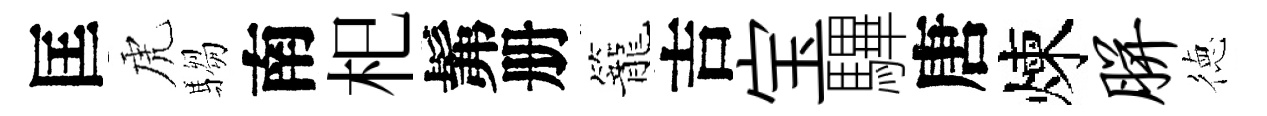
匡虎騶南𣏌髴册籠吉宝驆唐煉胼徳